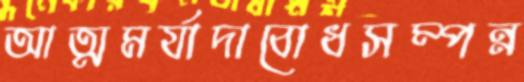
আত্মমর্যাদাবোধসম্পন্ন